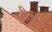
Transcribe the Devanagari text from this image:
तीनचा